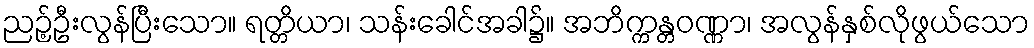
ညဉ့်ဦးလွန်ပြီးသော။ ရတ္တိယာ၊ သန်းခေါင်အခါ၌။ အဘိက္ကန္တဝဏ္ဏာ၊ အလွန်နှစ်လိုဖွယ်သော